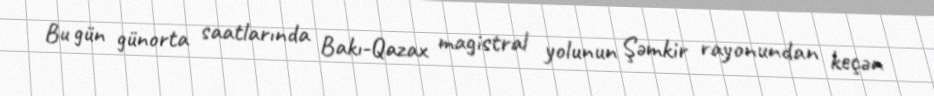
Bu gün günorta saatlarında Bakı-Qazax magistral yolunun Şəmkir rayonundan keçən